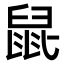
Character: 𫜢